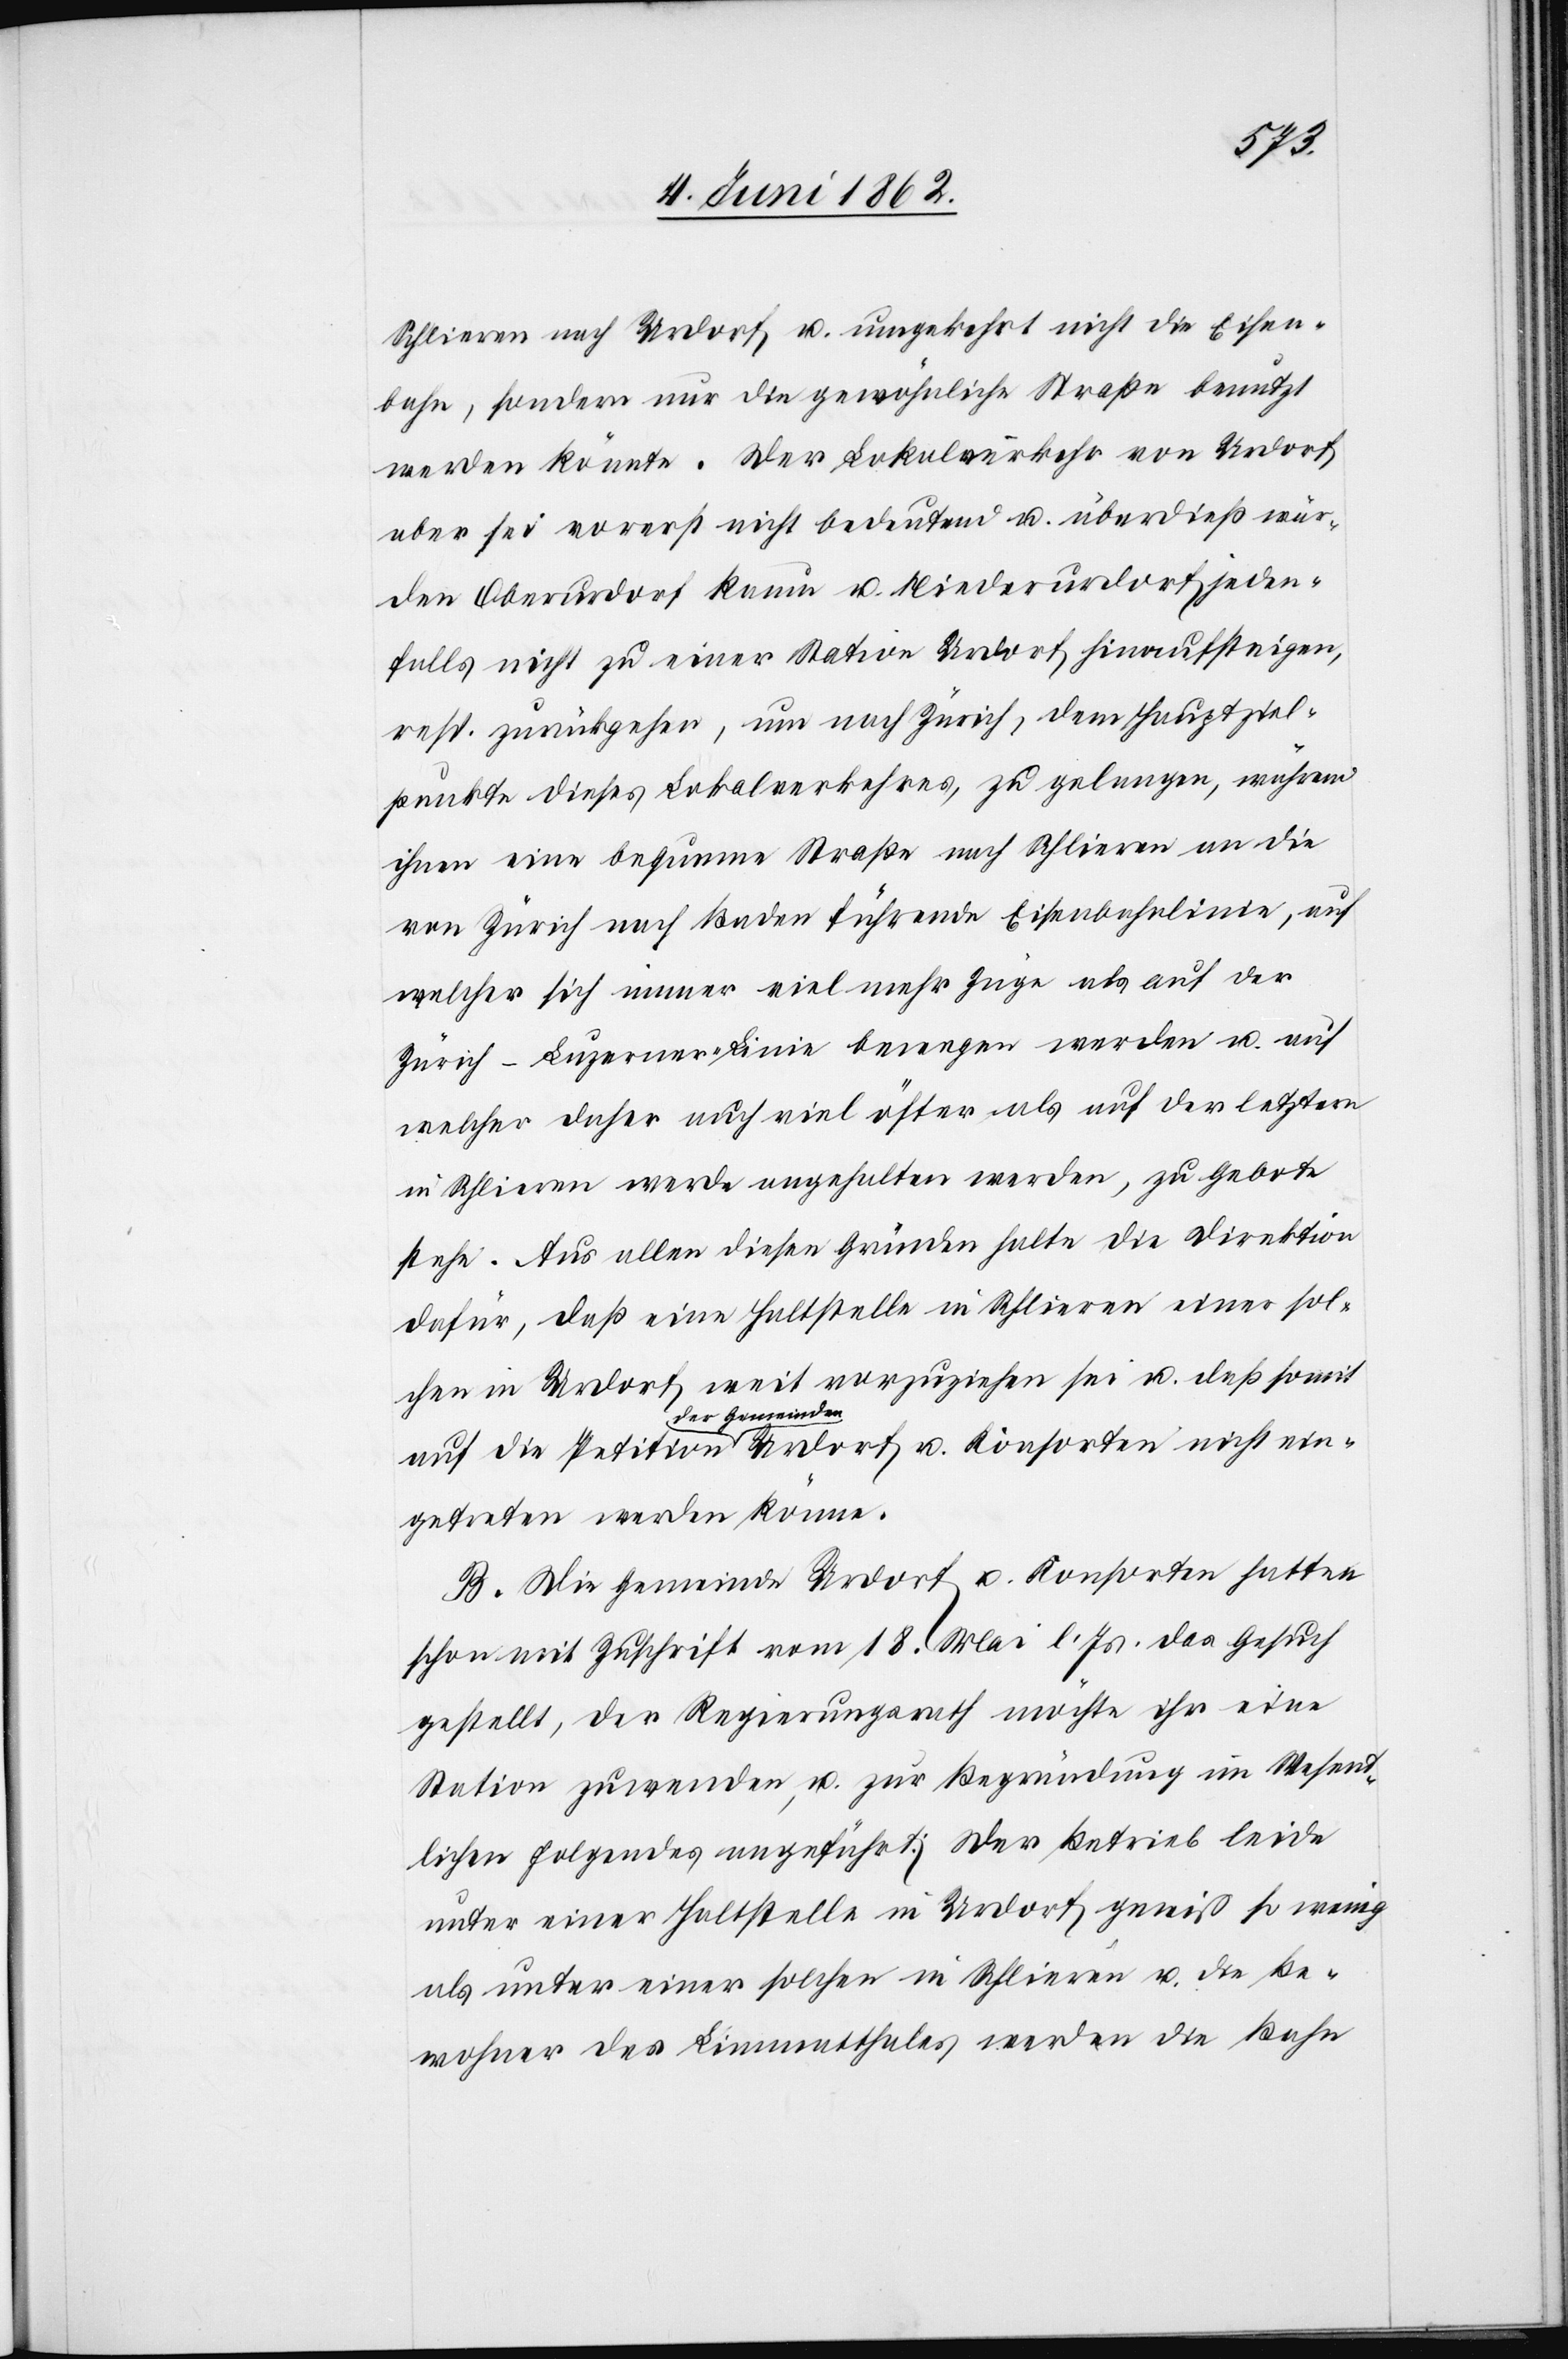
ein¬
Schlieren nach Urdorf u. umgekehrt nicht die Eisen¬
bahn, sondern nur die gewöhnliche Straße benutzt
werden könnte. Der Lokalverkehr von Urdorf
aber sei vorerst nicht bedeutend u. überdieß wür¬
den Oberurdorf kaum u. Niederurdorf jeden¬
falls nicht zu einer Station Urdorf hinaufsteigen,
resp. zurückgehen, um nach Zürich, dem Hauptziel¬
punkte dieses Lokalverkehres, zu gelangen, während
ihnen eine bequeme Straße nach Schlieren an die
von Zürich nach Baden führende Eisenbahnlinie, auf
welcher sich immer viel mehr Züge als auf der
Zürich–Luzerner-Linie bewegen werden u. auf
welcher daher auch viel öfter als auf der letztern
in Schlieren werde angehalten werden, zu Gebote
stehe. Aus allen diesen Gründen halte die Direktion
dafür, daß eine Haltstelle in Schlieren einer sol¬
chen in Urdorf weit vorzuziehen sei u. daß somit
der Gemeinden
getreten werden könne.
B. Die Gemeinde Urdorf u. Konsorten hatten
schon mit Zuschrift vom 18. Mai l. Js. das Gesuch
gestellt, der Regierungsrath möchte ihr eine
Station zuwenden u. zur Begründung im Wesent¬
lichen folgendes angeführt: Der Betreib leide
unter einer Haltstelle in Urdorf gewiß so wenig
als unter einer solchen in Schlieren u. die Be¬
wohner des Limmatthales werden die Bahn